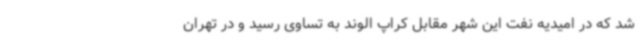
شد که در امیدیه نفت این شهر مقابل کراپ الوند به تساوی رسید و در تهران